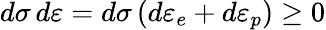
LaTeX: d\sigma\, d\varepsilon=d\sigma\, (d\varepsilon_{e}+d\varepsilon_{p})\geq 0